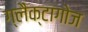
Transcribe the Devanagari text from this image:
ग्लैक्टागोज